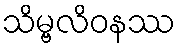
သိမ္ဗလိဝနဿ